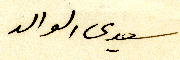
سيدى الوالد